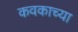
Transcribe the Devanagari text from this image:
कवकाच्या